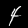
Digit: 4